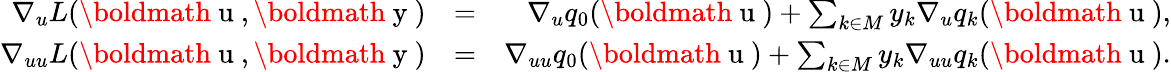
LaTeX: \begin{array}{rlr}{\nabla_{u}L(\mathrm{\boldmath~u~},\mathrm{\boldmath~y~})}&{=}&{\nabla_{u}q_{0}(\mathrm{\boldmath~u~})+\sum_{k\in M}y_{k}\nabla_{u}q_{k}(\mathrm{\boldmath~u~}),}\\ {\nabla_{uu}L(\mathrm{\boldmath~u~},\mathrm{\boldmath~y~})}&{=}&{\nabla_{uu}q_{0}(\mathrm{\boldmath~u~})+\sum_{k\in M}y_{k}\nabla_{uu}q_{k}(\mathrm{\boldmath~u~}).}\end{array}